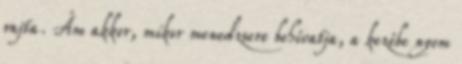
rajta. Ám akkor, mikor menedzsere behívatja, a kezébe nyom